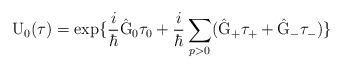
LaTeX: \begin{align*}{\rm U}_{0}(\tau) = \exp\{\frac{i}{\hbar} \hat{\rm G}_{0}{\tau}_0 + \frac{i}{\hbar} \sum_{p>0}(\hat{\rm G}_{+} \tau_{+} + \hat{\rm G}_{-} \tau_{-}) \}\end{align*}